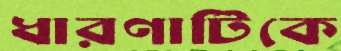
ধারণাটিকে